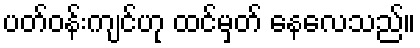
ပတ်ဝန်းကျင်ဟု ထင်မှတ် နေလေသည်။